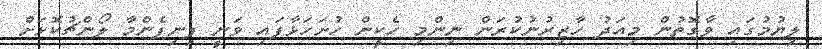
ލިޔުމުގައި ވާގޮތުން މިއަދު ހާޒިރުނުކުރަން ނިންމި ހެކީން ހުށަހަޅާފައި ވަނީ ފިނިފެންމާ ލޯންޗުކޮޅަށް